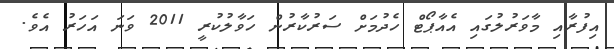
އިފުރާއި މާވަރުލުގައި އެއާޕޯޓް ހެދުމަށް ސަރުކާރުން ހަވާލުކުރީ 2011 ވަނަ އަހަރު އެވެ.